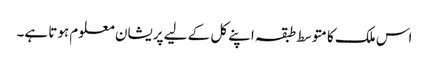
اس ملک کا متوسط طبقہ اپنے کل کے لیے پریشان معلوم ہوتا ہے۔